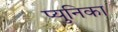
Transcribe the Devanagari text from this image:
प्युनिका